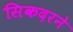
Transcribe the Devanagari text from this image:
सिकदरने